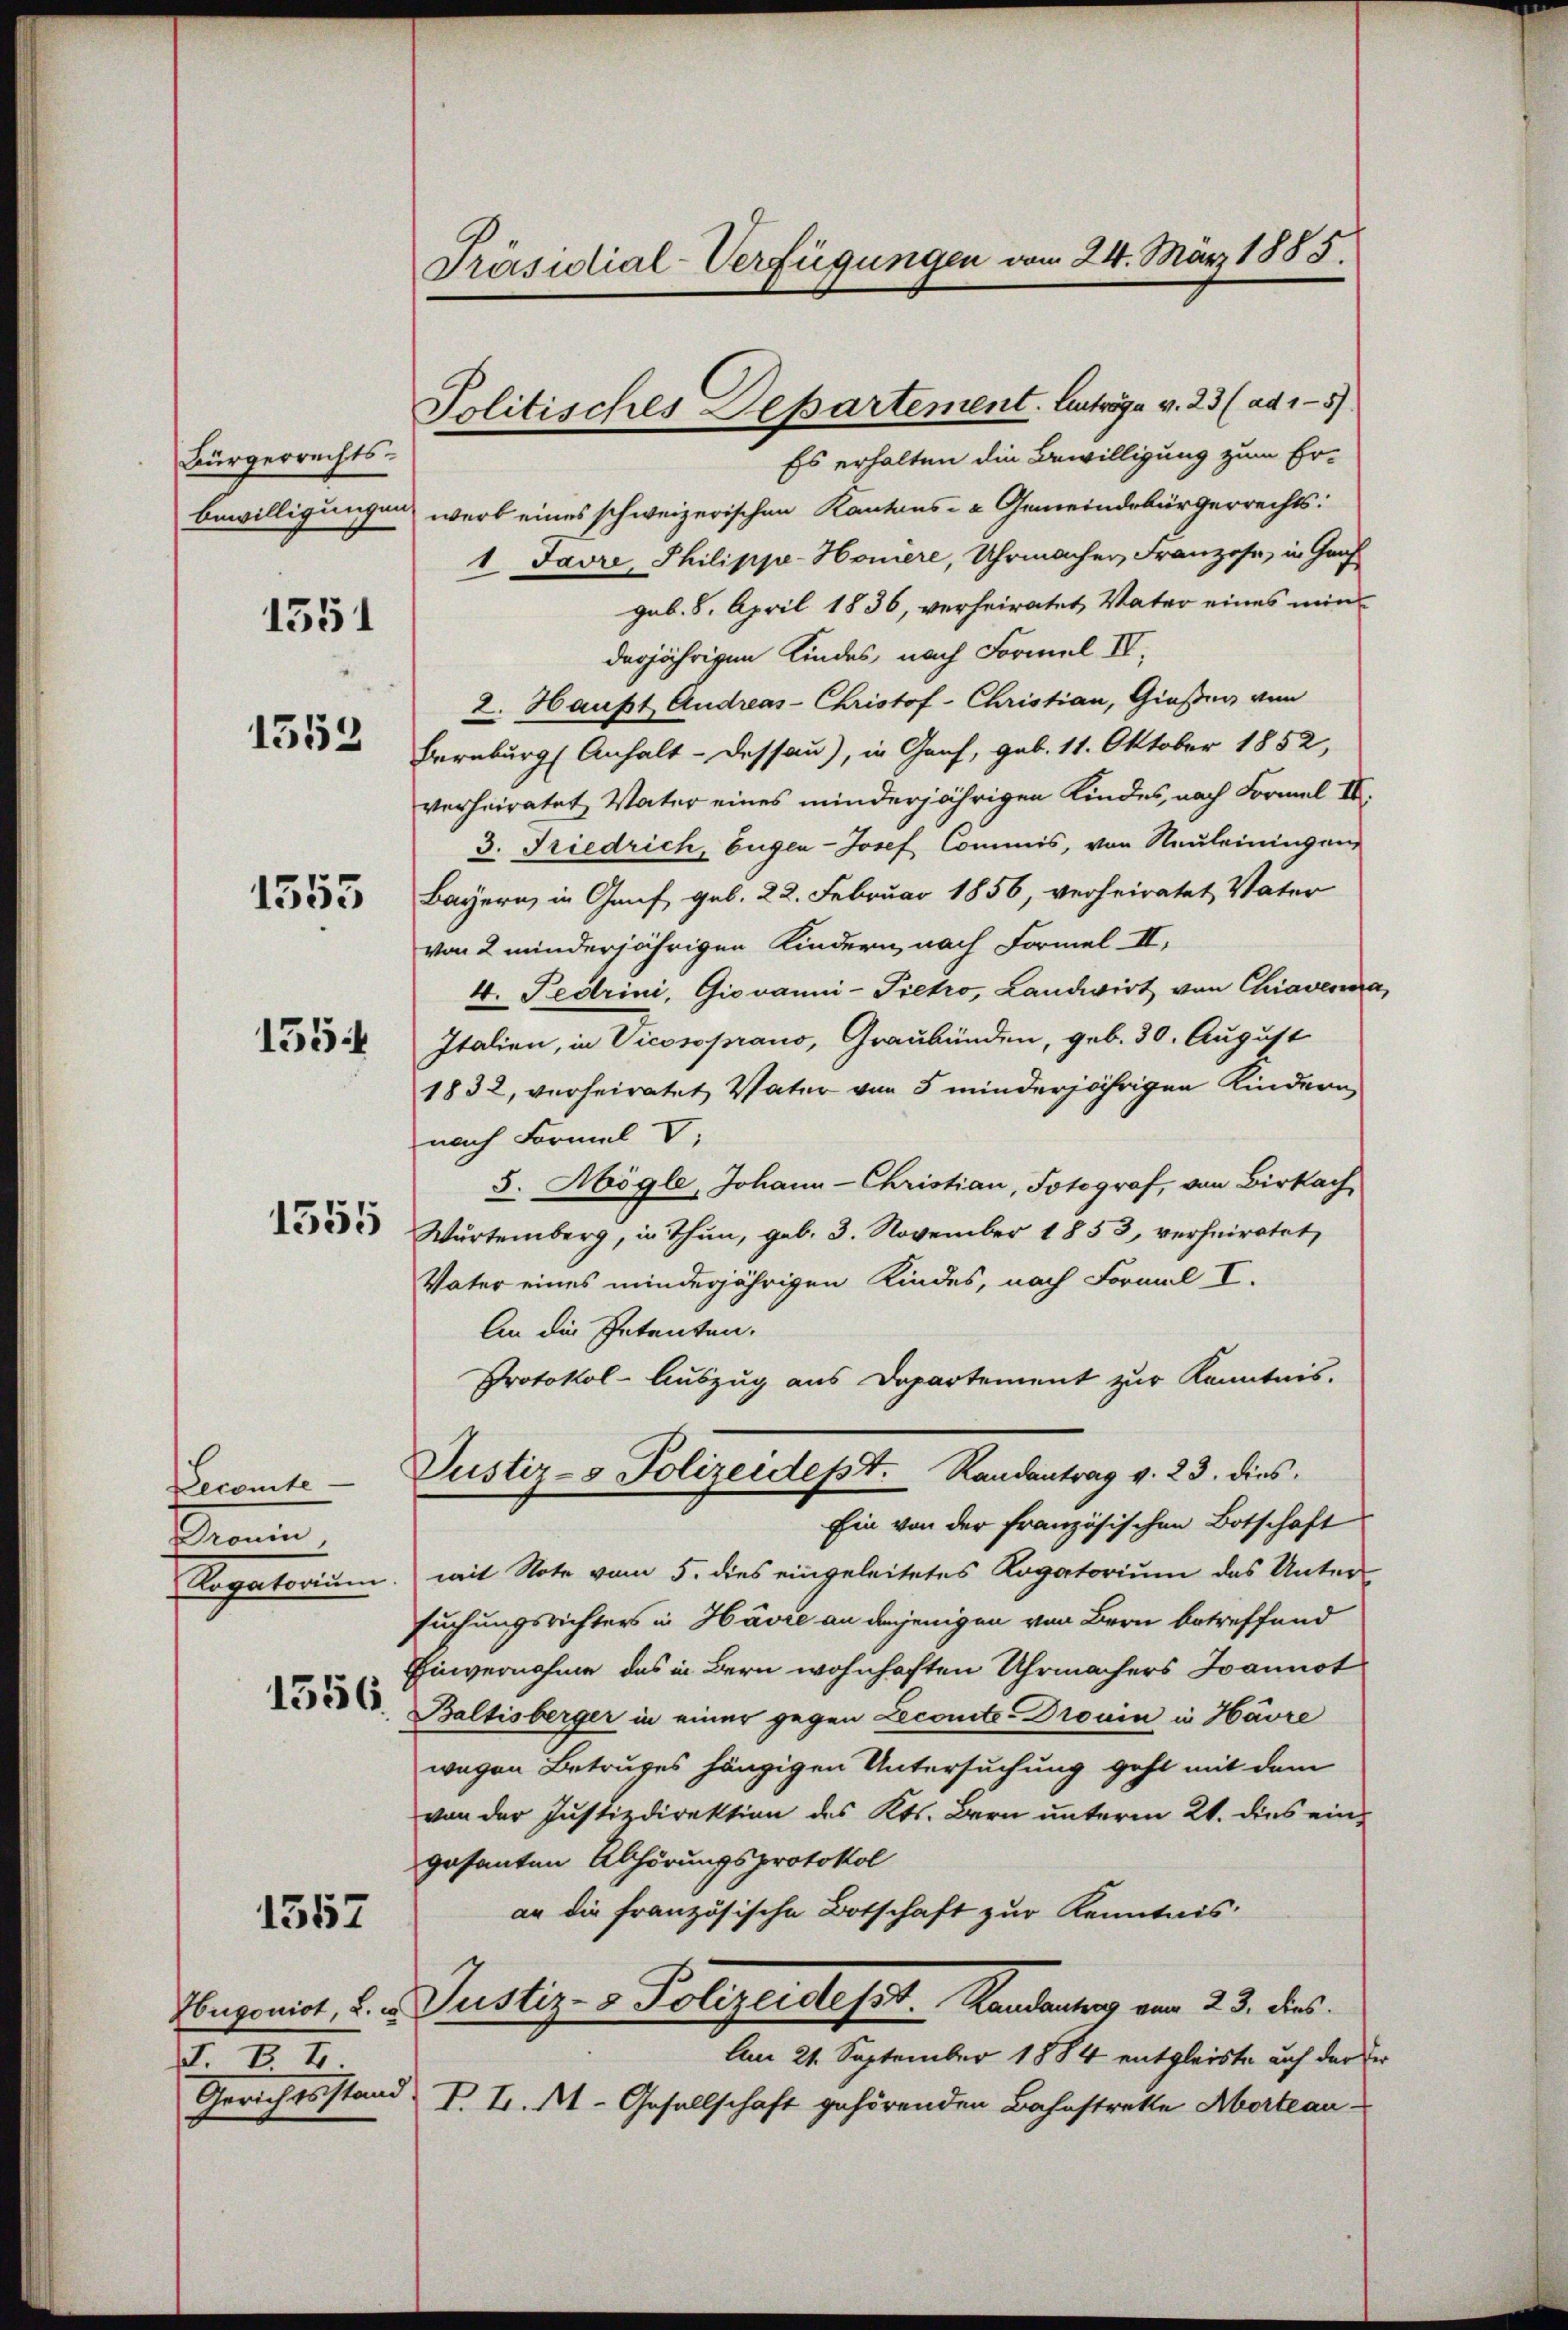
Bürgerrechts-

1351

1553

1555

1554

1555

Seconte
Semin
Aegation
1556.

1557

Hugonist, u. e
. II.
Gerichtsstand

Präsidial-Verfügungen vom 24. März 1885.

Politisches Departement. Anträge v. 23 (ad 15)

Es erhalten die Bewilligung zum Er-
bewilligungen werd eines schweizerischen Kantons- & Gemeindebürgerrechts:
1 Javre, Philippe-Honiere, Uhrmacher Franzose, in Graf
gub. 8. April 1836, verheiratet, Vater eines minderjährigen Kindes, nach Formel IV,
2. Haupt Andreas-Christof-Christian, Gießen von
Bernburg (Anhalt-Dessau), in Genf, geb. 11. Oktober 1852,
verheiratet, Vater eines minderjährigen Kindes, nach Formel II.
3. Friedrich, Eugen-Josef Commis, von Neuleiningen
Bayern, in Genf, geb. 22. Februar 1856, verheiratet Väter
von 2 minderjährigen Kindern nach Formel II,
4. Fedrini, Giovanni-Pietro, Landwirt von Chiavema,
Italien, in Vicosoprano, Graubünden, geb. 30. August
1832, verheiratet Vater von 5 minderjährigen Kindern,
nach Formal V
5. Mögle, Johann-Christian, Fotograf, von Birkach,
Wartemberg, in Thun, geb. 3. November 1853, verheiratet,
Vater eines minderjährigen Kindes, nach Formal I.
An die Petenten.
Protokol-Auszug aus Departement zur Kenntnis.
Justiz- & Polizeidept. Randantrag v. 23. dies
Ein von der französischen Botschaft
mit Note vom 5. dies eingeleitetes Rogatorium das Untersuchungsrichters in Havre an diejenigen von Bern betreffend
Einvernahme des in Bern wohnhaften Uhrmachers Joannot
Baltisberger in einer gegen Lecomites Dronin in Havre
wegen Betruges hängigen Untersuchung geht mit dem
von der Justizdirektion des Kts. Bern unterm 21. dies eingesanten Abhörungsprotokol
an die französische Botschaft zur Kenntnis:
Justiz- & Polizeidesst.   Randantrag vom 23. dies
Am 21. September 1884 entgleiste auf der Er
P. J. M. Gesellschaft gehörenden Bahnstrette Aborteau¬